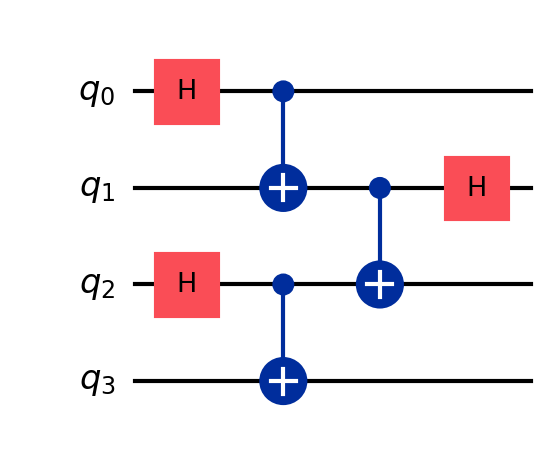
Description: Entanglement witness measurement
描述: 纠缠见证测量
Category: blockchain_extended (difficulty: advanced)
Qubits: 4, circuit depth: 4
Blockchain relevance: extended_protocol

Braket implementation:
from braket.circuits import Circuit
circuit = Circuit()
circuit.h(0).cnot(0, 1)
circuit.h(2).cnot(2, 3)
circuit.cnot(1, 2)
circuit.h(1)

Qiskit implementation:
from qiskit import QuantumCircuit
circuit = QuantumCircuit(4)
circuit.h(0).cx(0, 1)
circuit.h(2).cx(2, 3)
circuit.cx(1, 2)
circuit.h(1)